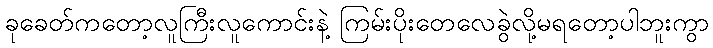
ခုခေတ်ကတော့လူကြီးလူကောင်းနဲ့ ကြမ်းပိုးတေလေခွဲလို့မရတော့ပါဘူးကွာ